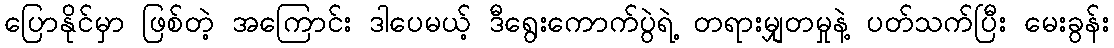
ပြောနိုင်မှာ ဖြစ်တဲ့ အကြောင်း ဒါပေမယ့် ဒီရွေးကောက်ပွဲရဲ့ တရားမျှတမှုနဲ့ ပတ်သက်ပြီး မေးခွန်း